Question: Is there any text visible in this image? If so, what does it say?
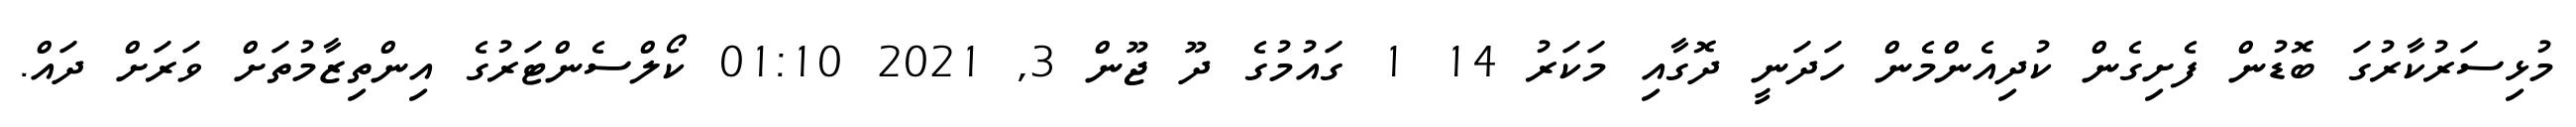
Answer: މުޅިސަރުކާރުގަ ބޮޑުން ފެށިގެން ކުދިއެންމެން ހަދަނީ ދޮގާއި މަކަރު 14 1 ގައުމުގެ ދޫ ޖޫން 3, 2021 01:10 ކޯލްސެންޓަރުގެ އިންތިޒާމުތަށް ވަރަށް ދައް.